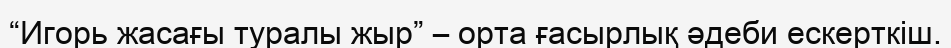
“Игорь жасағы туралы жыр” – орта ғасырлық әдеби ескерткіш.